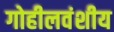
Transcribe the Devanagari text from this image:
गोहीलवंशीय